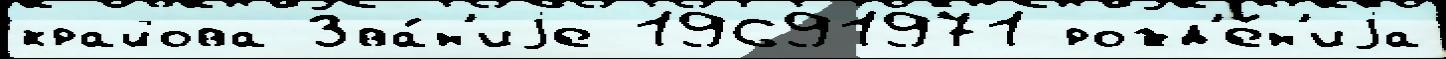
крайова Зва́н'иjе 19691971 рожд'е́н'иjа